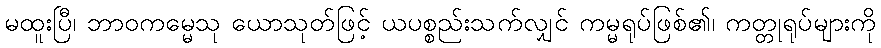
မထူးပြီ၊ ဘာဝကမ္မေသု ယောသုတ်ဖြင့် ယပစ္စည်းသက်လျှင် ကမ္မရုပ်ဖြစ်၏၊ ကတ္တုရုပ်များကို